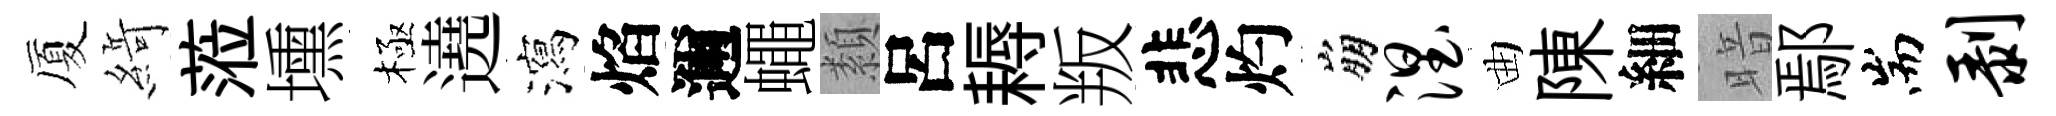
厦𦂶蒞壎極遶瀉焰邇蠅纇呂耨叛悲灼崩涅曲陳細暗鄢耑剥